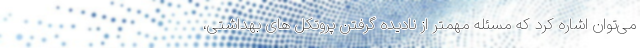
می‌توان اشاره کرد که مسئله مهمتر از نادیده گرفتن پروتکل های بهداشتی،